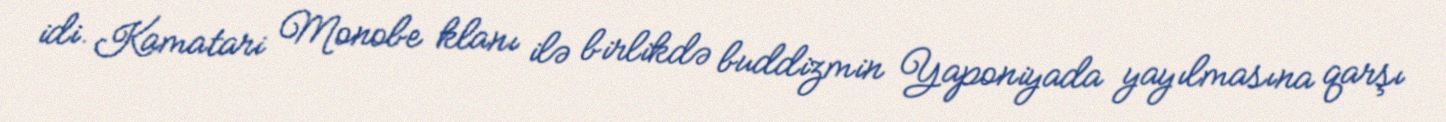
idi. Kamatari Monobe klanı ilə birlikdə buddizmin Yaponiyada yayılmasına qarşı